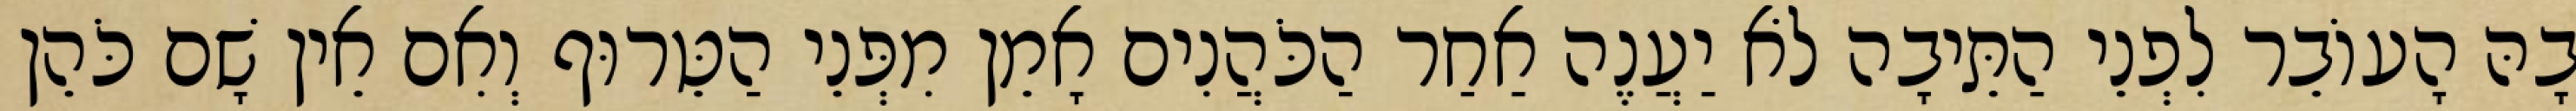
בָהּ הָעוֹבֵר לִפְנֵי הַתֵּיבָה לֹא יַעֲנֶה אַחַר הַכֹּהֲנִים אָמֵן מִפְּנֵי הַטֵּרוּף וְאִם אֵין שָׁם כֹּהֵן